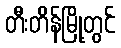
တီးတိန်မြို့တွင်